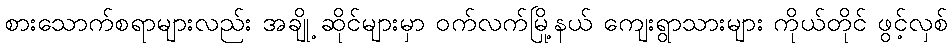
စားသောက်စရာများလည်း အချို့ ဆိုင်များမှာ ဝက်လက်မြို့နယ် ကျေးရွာသားများ ကိုယ်တိုင် ဖွင့်လှစ်